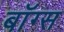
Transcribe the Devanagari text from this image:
बॉग्स